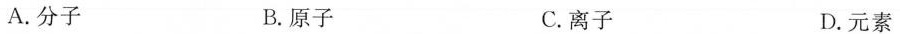
A.分子 B.原子 C.离子 D.元素